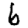
Digit: 6